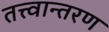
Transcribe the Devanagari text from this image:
तत्त्वान्तरण